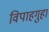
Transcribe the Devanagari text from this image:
विपाहगुहा